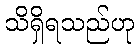
သိရှိရသည်ဟု